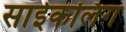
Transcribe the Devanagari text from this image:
साईकलिंग